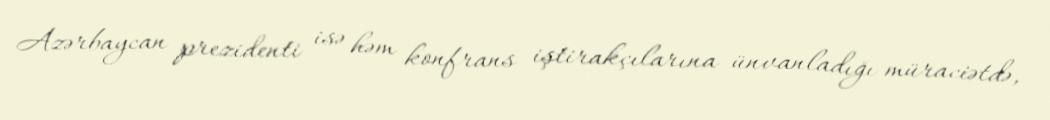
Azərbaycan prezidenti isə həm konfrans iştirakçılarına ünvanladığı müraciətdə,